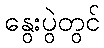
နွေးပွဲတွင်